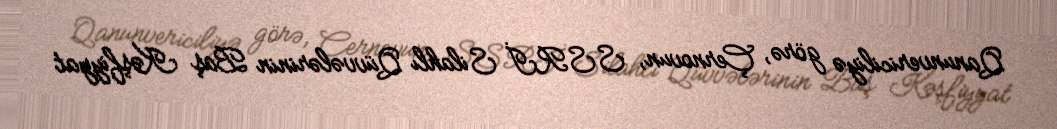
Qanunvericiliyə görə, Çernovun, SSRİ Silahlı Qüvvələrinin Baş Kəşfiyyat